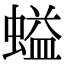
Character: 螠